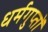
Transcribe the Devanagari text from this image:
धर्मगुप्तों